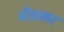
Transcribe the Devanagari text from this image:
धँसाकर